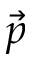
\vec { p }